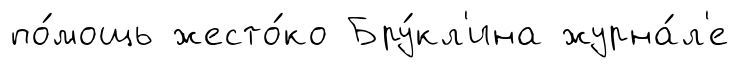
по́мощь жесто́ко Бру́кл'ина журна́л'е